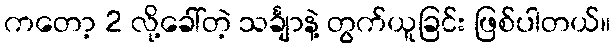
ကတော့ 2 လို့ခေါ်တဲ့ သင်္ချာနဲ့ တွက်ယူခြင်း ဖြစ်ပါတယ်။